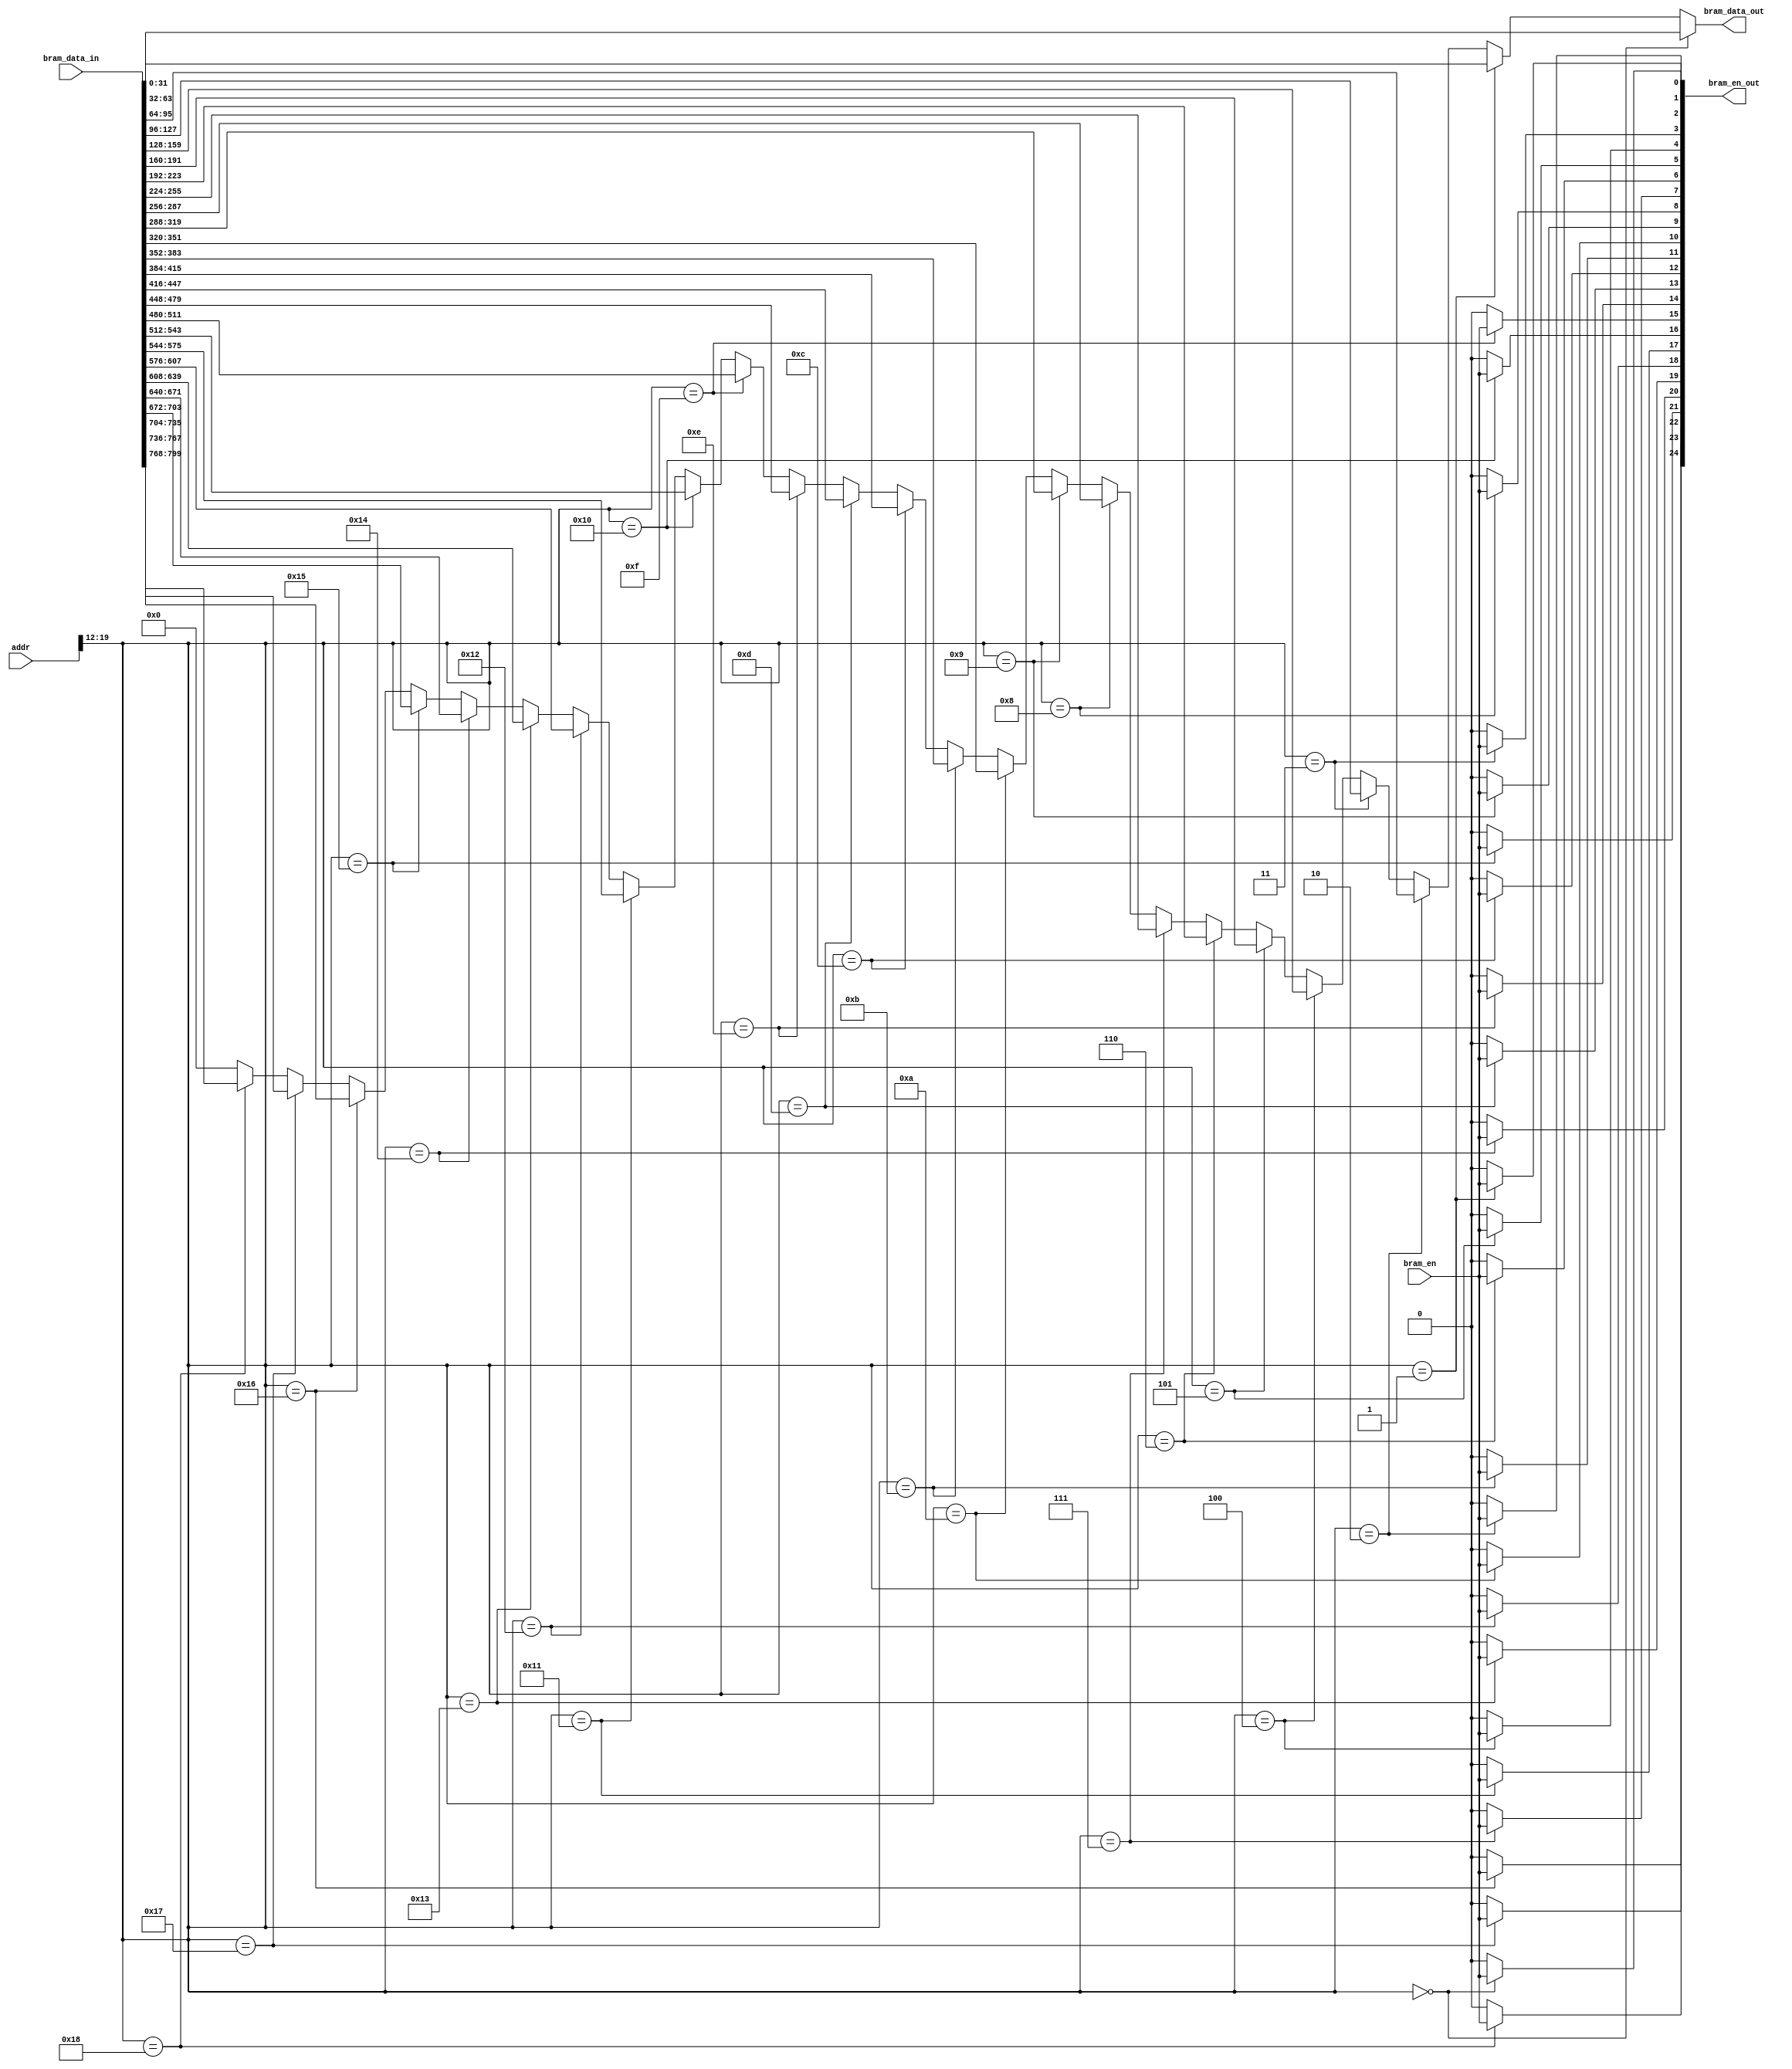
`timescale 1ns / 1ps
//////////////////////////////////////////////////////////////////////////////////
// Company: 
// Engineer: 
// 
// Design Name: 
// Module Name: ram_en_switch
// Project Name: 
// Target Devices: 
// Tool Versions: 
// Description: 
// 
// Dependencies: 
// 
// Revision:
// Revision 0.01 - File Created
// Additional Comments:
// 
//////////////////////////////////////////////////////////////////////////////////


module ram_en_switch
(
	input		[31:0]			addr			,
	input						bram_en			,
												
	output		[24:0]			bram_en_out		,
	
	input		[25*32-1:0]		bram_data_in	,
	
	output		[31:0]			bram_data_out	
	);

assign bram_en_out[0]	= (addr[19:12]==(8'h00))?bram_en:1'b0;
assign bram_en_out[1]	= (addr[19:12]==(8'h01))?bram_en:1'b0;
assign bram_en_out[2]	= (addr[19:12]==(8'h02))?bram_en:1'b0;
assign bram_en_out[3]	= (addr[19:12]==(8'h03))?bram_en:1'b0;
assign bram_en_out[4]	= (addr[19:12]==(8'h04))?bram_en:1'b0;
assign bram_en_out[5]	= (addr[19:12]==(8'h05))?bram_en:1'b0;
assign bram_en_out[6]	= (addr[19:12]==(8'h06))?bram_en:1'b0;
assign bram_en_out[7]	= (addr[19:12]==(8'h07))?bram_en:1'b0;
assign bram_en_out[8]	= (addr[19:12]==(8'h08))?bram_en:1'b0;
assign bram_en_out[9]	= (addr[19:12]==(8'h09))?bram_en:1'b0;
assign bram_en_out[10]	= (addr[19:12]==(8'h0a))?bram_en:1'b0;
assign bram_en_out[11]	= (addr[19:12]==(8'h0b))?bram_en:1'b0;
assign bram_en_out[12]	= (addr[19:12]==(8'h0c))?bram_en:1'b0;
assign bram_en_out[13]	= (addr[19:12]==(8'h0d))?bram_en:1'b0;
assign bram_en_out[14]	= (addr[19:12]==(8'h0e))?bram_en:1'b0;
assign bram_en_out[15]	= (addr[19:12]==(8'h0f))?bram_en:1'b0;
assign bram_en_out[16]	= (addr[19:12]==(8'h10))?bram_en:1'b0;
assign bram_en_out[17]	= (addr[19:12]==(8'h11))?bram_en:1'b0;
assign bram_en_out[18]	= (addr[19:12]==(8'h12))?bram_en:1'b0;
assign bram_en_out[19]	= (addr[19:12]==(8'h13))?bram_en:1'b0;
assign bram_en_out[20]	= (addr[19:12]==(8'h14))?bram_en:1'b0;
assign bram_en_out[21]	= (addr[19:12]==(8'h15))?bram_en:1'b0;
assign bram_en_out[22]	= (addr[19:12]==(8'h16))?bram_en:1'b0;
assign bram_en_out[23]	= (addr[19:12]==(8'h17))?bram_en:1'b0;
assign bram_en_out[24]	= (addr[19:12]==(8'h18))?bram_en:1'b0;

assign bram_data_out	= (addr[19:12]==(8'h00))?bram_data_in[(1*32)-1:0*32]	:
						((addr[19:12]==(8'h01))?bram_data_in[(2*32)-1:1*32]	:
						((addr[19:12]==(8'h02))?bram_data_in[(3*32)-1:2*32]	:
						((addr[19:12]==(8'h03))?bram_data_in[(4*32)-1:3*32]	:
						((addr[19:12]==(8'h04))?bram_data_in[(5*32)-1:4*32]	:
						((addr[19:12]==(8'h05))?bram_data_in[(6*32)-1:5*32]	:
						((addr[19:12]==(8'h06))?bram_data_in[(7*32)-1:6*32]	:
						((addr[19:12]==(8'h07))?bram_data_in[(8*32)-1:7*32]	:
						((addr[19:12]==(8'h08))?bram_data_in[(9*32)-1:8*32]	:
						((addr[19:12]==(8'h09))?bram_data_in[(10*32)-1:9*32]	:
						((addr[19:12]==(8'h0a))?bram_data_in[(11*32)-1:10*32]	:
						((addr[19:12]==(8'h0b))?bram_data_in[(12*32)-1:11*32]	:
						((addr[19:12]==(8'h0c))?bram_data_in[(13*32)-1:12*32]	:
						((addr[19:12]==(8'h0d))?bram_data_in[(14*32)-1:13*32]	:
						((addr[19:12]==(8'h0e))?bram_data_in[(15*32)-1:14*32]	:
						((addr[19:12]==(8'h0f))?bram_data_in[(16*32)-1:15*32]	:
						((addr[19:12]==(8'h10))?bram_data_in[(17*32)-1:16*32]	:
						((addr[19:12]==(8'h11))?bram_data_in[(18*32)-1:17*32]	:
						((addr[19:12]==(8'h12))?bram_data_in[(19*32)-1:18*32]	:
						((addr[19:12]==(8'h13))?bram_data_in[(20*32)-1:19*32]	:
						((addr[19:12]==(8'h14))?bram_data_in[(21*32)-1:20*32]	:
						((addr[19:12]==(8'h15))?bram_data_in[(22*32)-1:21*32]	:
						((addr[19:12]==(8'h16))?bram_data_in[(23*32)-1:22*32]	:
						((addr[19:12]==(8'h17))?bram_data_in[(24*32)-1:23*32]	:
						((addr[19:12]==(8'h18))?bram_data_in[(25*32)-1:24*32]	:32'd0
						))))))))))))))))))))))));
endmodule